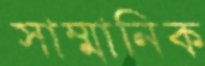
সাম্মানিক